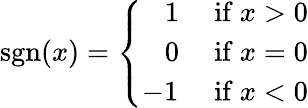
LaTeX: \operatorname{sgn}(x)={\left\{ \begin{array}{ll}{\; \; \ 1}&{{\mathrm{~if~}}x>0}\\ {\; \; \ 0}&{{\mathrm{~if~}}x=0}\\ {-1}&{{\mathrm{~if~}}x<0}\end{array}\right.}